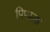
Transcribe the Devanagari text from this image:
पिप्पला